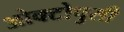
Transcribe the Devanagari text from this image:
ओक्टोपुसी